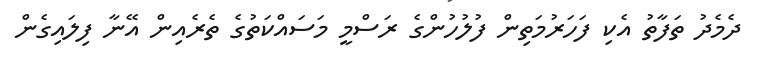
ދެމެދު ތަފާތު އެކި ފަހަރުމަތިން ފުލުހުންގެ ރަސްމީ މަސައްކަތުގެ ތެރެއިން އޭނާ ފިލައިގެން